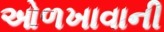
ઓળખાવાની